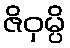
ဇိဝှမ္ပိ